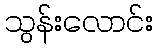
သွန်းလောင်း